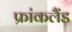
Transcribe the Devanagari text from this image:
फ्रांकलैंड